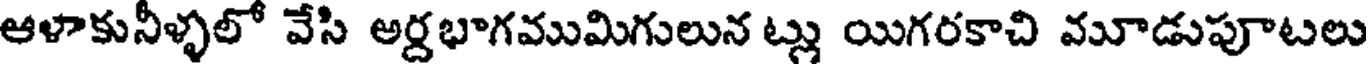
ఆళాకునీళ్ళలో వేసి అర్దభాగముమిగులున ట్లు యిగరకాచి మూడుపూటలు